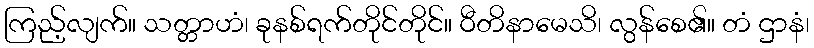
ကြည့်လျက်။ သတ္တာဟံ၊ ခုနစ်ရက်တိုင်တိုင်။ ဝီတိနာမေသိ၊ လွန်စေ၏။ တံ ဌာနံ၊